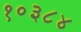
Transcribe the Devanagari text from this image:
१०३८४